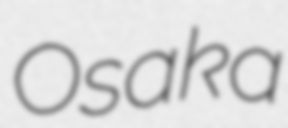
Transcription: Osaka